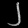
Digit: ၂